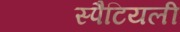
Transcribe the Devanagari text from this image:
स्पैटियली